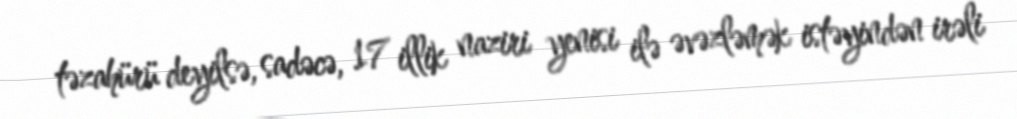
təzahürü deyilsə, sadəcə, 17 illik naziri yenisi ilə əvəzləmək istəyindən irəli